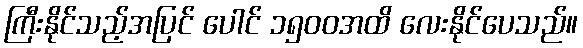
ကြီးနိုင်သည့်အပြင် ပေါင် ၁၅၀၀အထိ လေးနိုင်ပေသည်။